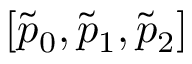
[ \tilde { p } _ { 0 } , \tilde { p } _ { 1 } , \tilde { p } _ { 2 } ]